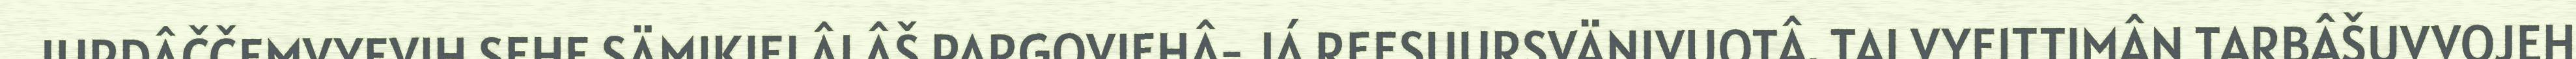
JURDÂČČEMVYEVIH SEHE SÄMIKIELÂLÂŠ PARGOVIEHÂ- JÁ REESUURSVÄNIVUOTÂ. TAI VYEITTIMÂN TARBÂŠUVVOJEH